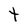
Character: t